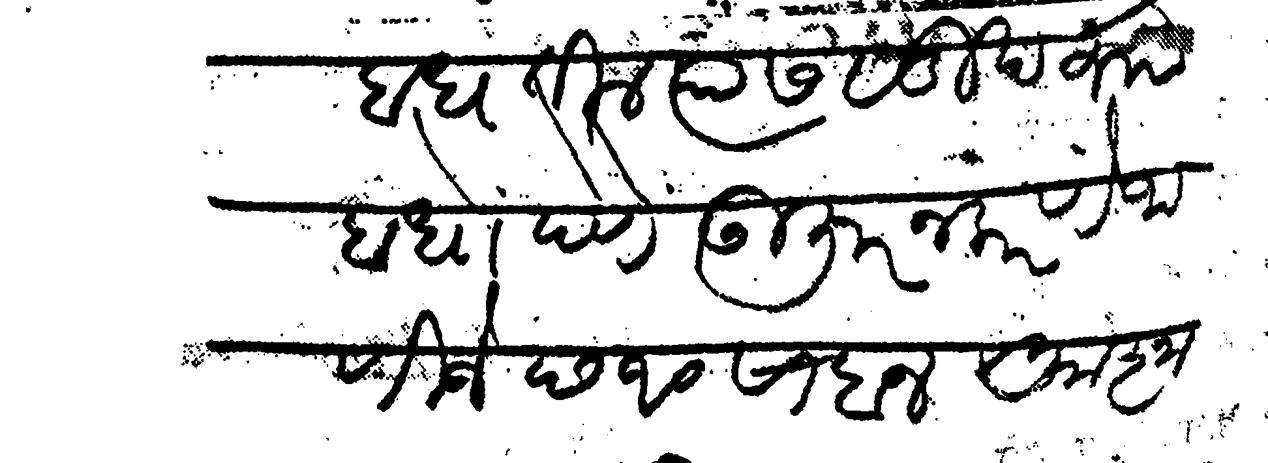
Transliteration (Devanagari): अबाधतील त्यास सुखरूप बाधो देणे उजुर न करणे जाणिजे छ १० साबान आज्ञा